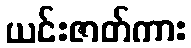
ယင်းဇာတ်ကား